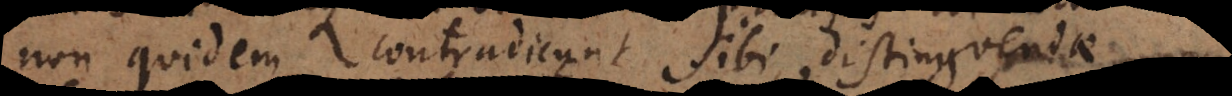
non quidem contradicunt sibi, distinguendae